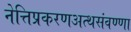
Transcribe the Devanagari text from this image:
नेत्तिप्रकरणअत्थसंवण्णा